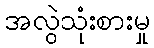
အလွဲသုံးစားမှု